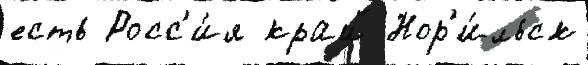
есть Росс'и́я край Нор'и́льск